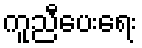
ကူညီပေးရေး